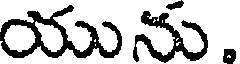
యును.